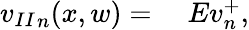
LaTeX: \begin{array}{rl}{{v_{II}}_{n}(x,w)={}}&{{}Ev_{n}^{+},}\end{array}